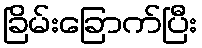
ခြိမ်းခြောက်ပြီး